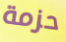
حزمة